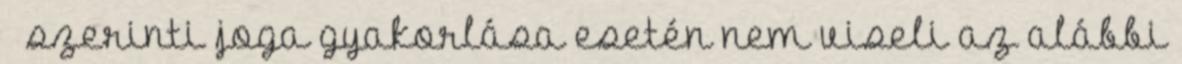
§ szerinti joga gyakorlása esetén nem viseli az alábbi